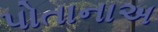
પોતાનાઅ